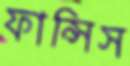
ফান্সিস